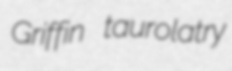
Griffin taurolatry